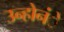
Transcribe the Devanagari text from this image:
उन्होनंे